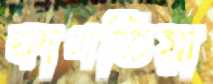
কাগতিয়া